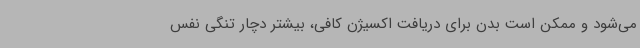
می‌شود و ممکن است بدن برای دریافت اکسیژن کافی، بیشتر دچار تنگی نفس